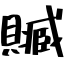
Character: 贓